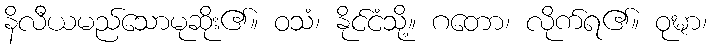
နိလီယမည်သောမုဆိုး၏။ ဝသံ၊ နိုင်ငံသို့။ ဂတော၊ လိုက်ရ၏။ ဝုဍ္ဎာ၊